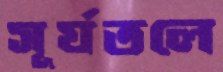
সূর্যতলে